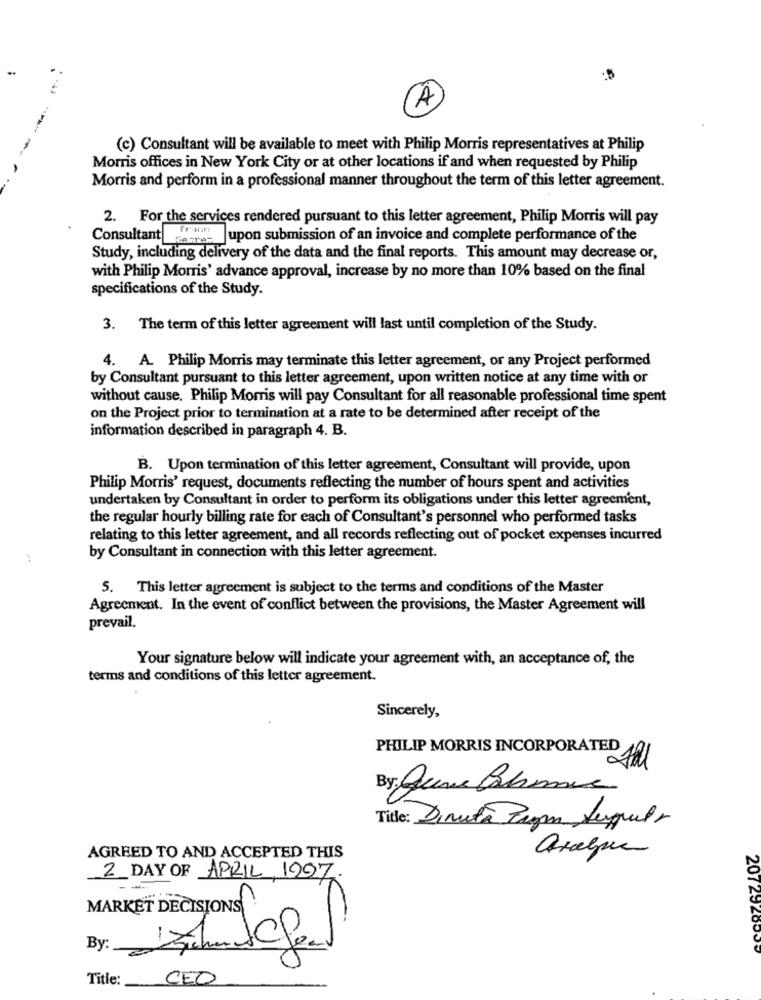
®
(c) Consultant will be available to meet with Philip Morris representatives at Philip
Morris offices in New York City or at other locations if and when requested by Philip
Morris and perform in a professional manner throughout the term of this letter agreement.
2. For the services rendered pursuant to this letter agreement, Philip Morris will pay
ConsultantFruit!
Jupon submission of an invoice and complete performance of the
Study, including delivery of the data and the final reports. This amount may decrease or,
with Philip Morris' advance approval, increase by no more than 10% based on the final
specifications of the Study.
3. The term of this letter agreement will last until completion of the Study.
4. A. Philip Morris may terminate this letter agreement, or any Project performed
by Consultant pursuant to this letter agreement, upon written notice at any time with or
without cause. Philip Morris will pay Consultant for all reasonable professional time spent
on the Project prior to termination at a rate to be determined after receipt of the
information described in paragraph 4. B.
B. Upon termination of this letter agreement, Consultant will provide, upon
Philip Morris' request, documents reflecting the number of hours spent and activities
undertaken by Consultant in order to perform its obligations under this letter agreement,
the regular hourly billing rate for each of Consultant's personnel who performed tasks
relating to this letter agreement, and all records reflecting out of pocket expenses incurred
by Consultant in connection with this letter agreement.
5. This letter agreement is subject to the terms and conditions of the Master
Agreement. In the event of conflict between the provisions, the Master Agreement will
prevail.
Your signature below will indicate your agreement with, an acceptance of, the
terms and conditions of this letter agreement.
Sincerely,
PHILIP MORRIS INCORPORATED
By: June Chemie
Title: Directa Pagan Sequela
arabpre
AGREED TO AND ACCEPTED THIS
2 DAY OF APRIL, 1997.
MARKET DECISIONS
By:
2072920000
Title:
CEO